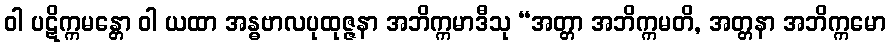
ဝါ ပဋိက္ကမန္တော ဝါ ယထာ အန္ဓဗာလပုထုဇ္ဇနာ အဘိက္ကမာဒီသု “အတ္တာ အဘိက္ကမတိ, အတ္တနာ အဘိက္ကမော